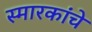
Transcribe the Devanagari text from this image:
स्‍मारकांचे